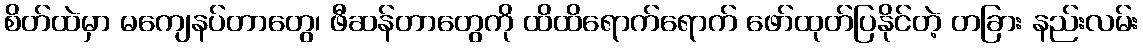
စိတ်ထဲမှာ မကျေနပ်တာတွေ၊ ဖီဆန်တာတွေကို ထိထိရောက်ရောက် ဖော်ထုတ်ပြနိုင်တဲ့ တခြား နည်းလမ်း